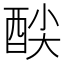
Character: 𮠦